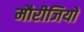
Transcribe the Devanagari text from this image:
मौरीजियों